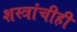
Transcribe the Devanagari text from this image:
शस्त्रांचीही